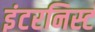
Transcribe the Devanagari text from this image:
इंटरनिस्ट